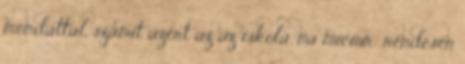
mondattal, számít azért az az iskola, na miciur: rendesen